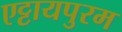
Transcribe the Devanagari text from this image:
एट्टायपुरम